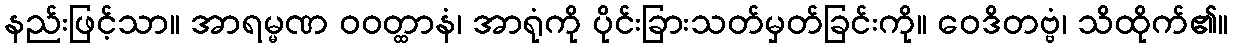
နည်းဖြင့်သာ။ အာရမ္မဏ ဝဝတ္ထာနံ၊ အာရုံကို ပိုင်းခြားသတ်မှတ်ခြင်းကို။ ဝေဒိတဗ္ဗံ၊ သိထိုက်၏။